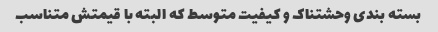
بسته بندی وحشتناک و کیفیت متوسط که البته با قیمتش متناسب